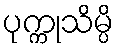
ပုက္ကုသိမ္ပိ